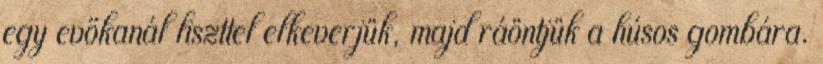
egy evőkanál liszttel elkeverjük, majd ráöntjük a húsos gombára.